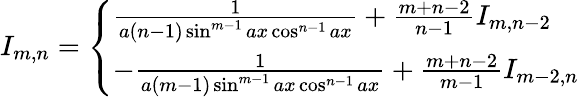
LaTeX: I_{m,n}={\left\{ \begin{array}{ll}{{\frac{1}{a(n-1)\sin^{m-1}{ax}\cos^{n-1}{ax}}}+{\frac{m+n-2}{n-1}}I_{m,n-2}}\\ {-{\frac{1}{a(m-1)\sin^{m-1}{ax}\cos^{n-1}{ax}}}+{\frac{m+n-2}{m-1}}I_{m-2,n}}\end{array}\right.}\,